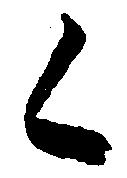
く